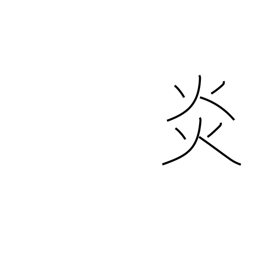
Meaning: blaze